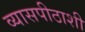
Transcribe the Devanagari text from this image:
व्यासपीठाशी